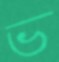
ভ